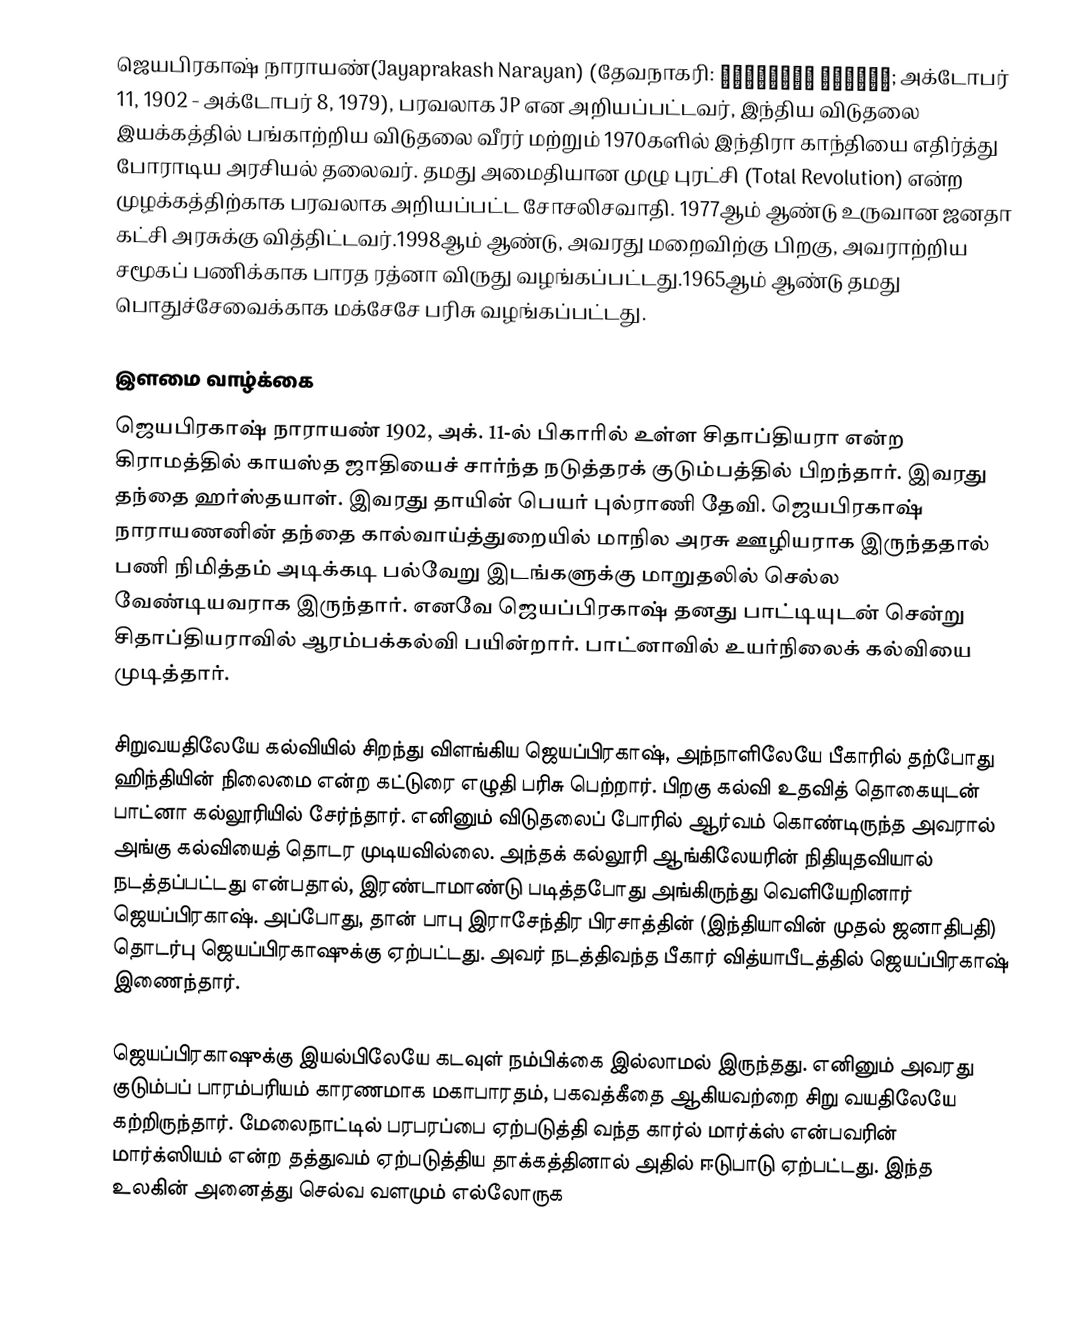
ஜெயபிரகாஷ் நாராயண்(Jayaprakash Narayan) (தேவநாகரி: जयप्रकाश नारायण; அக்டோபர் 11, 1902 - அக்டோபர் 8, 1979), பரவலாக JP என அறியப்பட்டவர், இந்திய விடுதலை இயக்கத்தில் பங்காற்றிய விடுதலை வீரர்  மற்றும் 1970களில் இந்திரா காந்தியை எதிர்த்து போராடிய அரசியல் தலைவர். தமது அமைதியான முழு புரட்சி (Total Revolution)  என்ற முழக்கத்திற்காக பரவலாக அறியப்பட்ட சோசலிசவாதி. 1977ஆம் ஆண்டு உருவான ஜனதா கட்சி அரசுக்கு வித்திட்டவர்.1998ஆம் ஆண்டு, அவரது மறைவிற்கு பிறகு, அவராற்றிய சமூகப் பணிக்காக பாரத ரத்னா விருது வழங்கப்பட்டது.1965ஆம் ஆண்டு தமது பொதுச்சேவைக்காக மக்சேசே பரிசு வழங்கப்பட்டது.

இளமை வாழ்க்கை
ஜெயபிரகாஷ் நாராயண்  1902, அக். 11-ல் பிகாரில் உள்ள சிதாப்தியரா என்ற கிராமத்தில் காயஸ்த ஜாதியைச் சார்ந்த நடுத்தரக் குடும்பத்தில் பிறந்தார். இவரது தந்தை ஹர்ஸ்தயாள். இவரது தாயின் பெயர் புல்ராணி தேவி.  ஜெயபிரகாஷ் நாராயணனின் தந்தை கால்வாய்த்துறையில் மாநில அரசு ஊழியராக இருந்ததால் பணி நிமித்தம் அடிக்கடி பல்வேறு இடங்களுக்கு மாறுதலில் செல்ல வேண்டியவராக இருந்தார். எனவே ஜெயப்பிரகாஷ் தனது பாட்டியுடன் சென்று சிதாப்தியராவில் ஆரம்பக்கல்வி பயின்றார். பாட்னாவில் உயர்நிலைக் கல்வியை முடித்தார்.

சிறுவயதிலேயே கல்வியில் சிறந்து விளங்கிய ஜெயப்பிரகாஷ், அந்நாளிலேயே பீகாரில் தற்போது ஹிந்தியின்  நிலைமை என்ற கட்டுரை எழுதி பரிசு பெற்றார். பிறகு கல்வி உதவித் தொகையுடன் பாட்னா கல்லூரியில் சேர்ந்தார். எனினும் விடுதலைப் போரில் ஆர்வம் கொண்டிருந்த அவரால் அங்கு கல்வியைத் தொடர முடியவில்லை. அந்தக் கல்லூரி ஆங்கிலேயரின் நிதியுதவியால் நடத்தப்பட்டது என்பதால், இரண்டாமாண்டு படித்தபோது அங்கிருந்து வெளியேறினார் ஜெயப்பிரகாஷ். அப்போது, தான் பாபு இராசேந்திர பிரசாத்தின் (இந்தியாவின் முதல் ஜனாதிபதி) தொடர்பு ஜெயப்பிரகாஷுக்கு ஏற்பட்டது. அவர் நடத்திவந்த பீகார் வித்யாபீடத்தில் ஜெயப்பிரகாஷ் இணைந்தார்.

ஜெயப்பிரகாஷுக்கு இயல்பிலேயே கடவுள் நம்பிக்கை இல்லாமல் இருந்தது. எனினும் அவரது குடும்பப் பாரம்பரியம் காரணமாக மகாபாரதம், பகவத்கீதை ஆகியவற்றை சிறு வயதிலேயே கற்றிருந்தார். மேலைநாட்டில் பரபரப்பை ஏற்படுத்தி வந்த கார்ல் மார்க்ஸ் என்பவரின் மார்க்ஸியம் என்ற தத்துவம் ஏற்படுத்திய தாக்கத்தினால் அதில் ஈடுபாடு ஏற்பட்டது. இந்த உலகின் அனைத்து செல்வ வளமும்  எல்லோருக